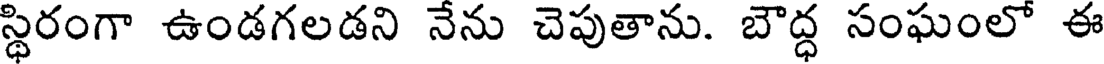
స్థిరంగా ఉండగలడని నేను చెపుతాను. బౌద్ధ సంఘంలో ఈ